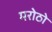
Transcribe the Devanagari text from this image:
मरोठो